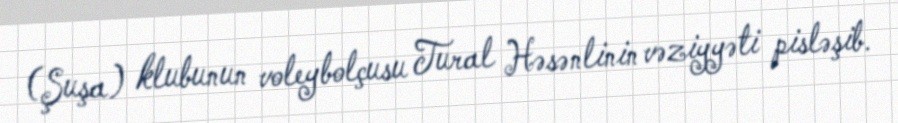
(Şuşa) klubunun voleybolçusu Tural Həsənlinin vəziyyəti pisləşib.